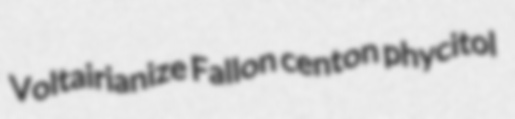
Voltairianize Fallon centon phycitol